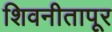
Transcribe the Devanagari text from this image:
शिवनीतापूर